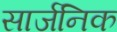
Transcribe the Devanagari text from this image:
सार्जनिक